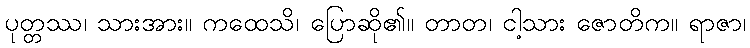
ပုတ္တဿ၊ သားအား။ ကထေသိ၊ ပြောဆို၏။ တာတ၊ ငါ့သား ဇောတိက။ ရာဇာ၊